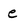
Character: e